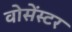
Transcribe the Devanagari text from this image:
वोसेंस्टर